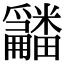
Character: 𤳿